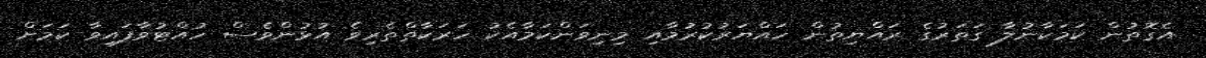
އެގޮތުން ކަމަކާނުލާ ގަތަރުގެ ރައްޔިތުން ހައްޔަރުކުރުމާއި މިނިވަންކަމާއެކު ހަރަކާތްތެރިވެ އުޅުންވެސް ހުއްޓުވާފައިވާ ކަމަށް